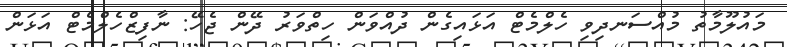
މައުލޫމާތު މުއްސަނދިވި ހެލްމެޓް އަޅައިގެން ދުއްވަން ހިތްވަރު ދޭން ޖެހޭ: ނާފިޒްހެލްމެޓް އަޅަން